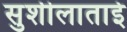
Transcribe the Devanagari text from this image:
सुशीलाताई